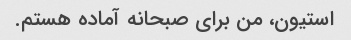
استیون، من برای صبحانه آماده هستم.